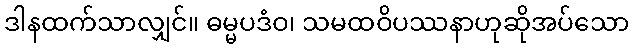
ဒါနထက်သာလျှင်။ ဓမ္မပဒံဝ၊ သမထဝိပဿနာဟုဆိုအပ်သော